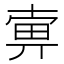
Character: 𤱿